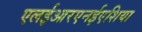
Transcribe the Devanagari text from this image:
एलईआरएनईएशिया